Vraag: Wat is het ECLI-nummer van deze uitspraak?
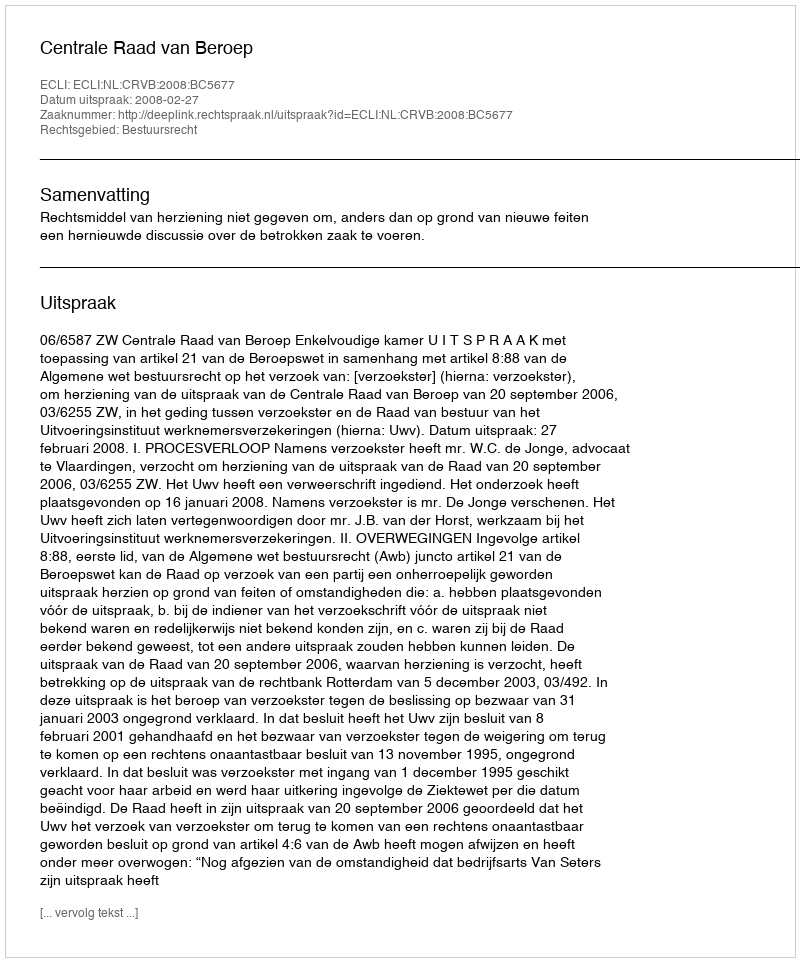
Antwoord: ECLI:NL:CRVB:2008:BC5677